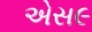
એસ૯